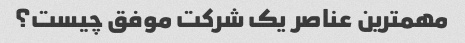
مهمترین عناصر یک شرکت موفق چیست؟